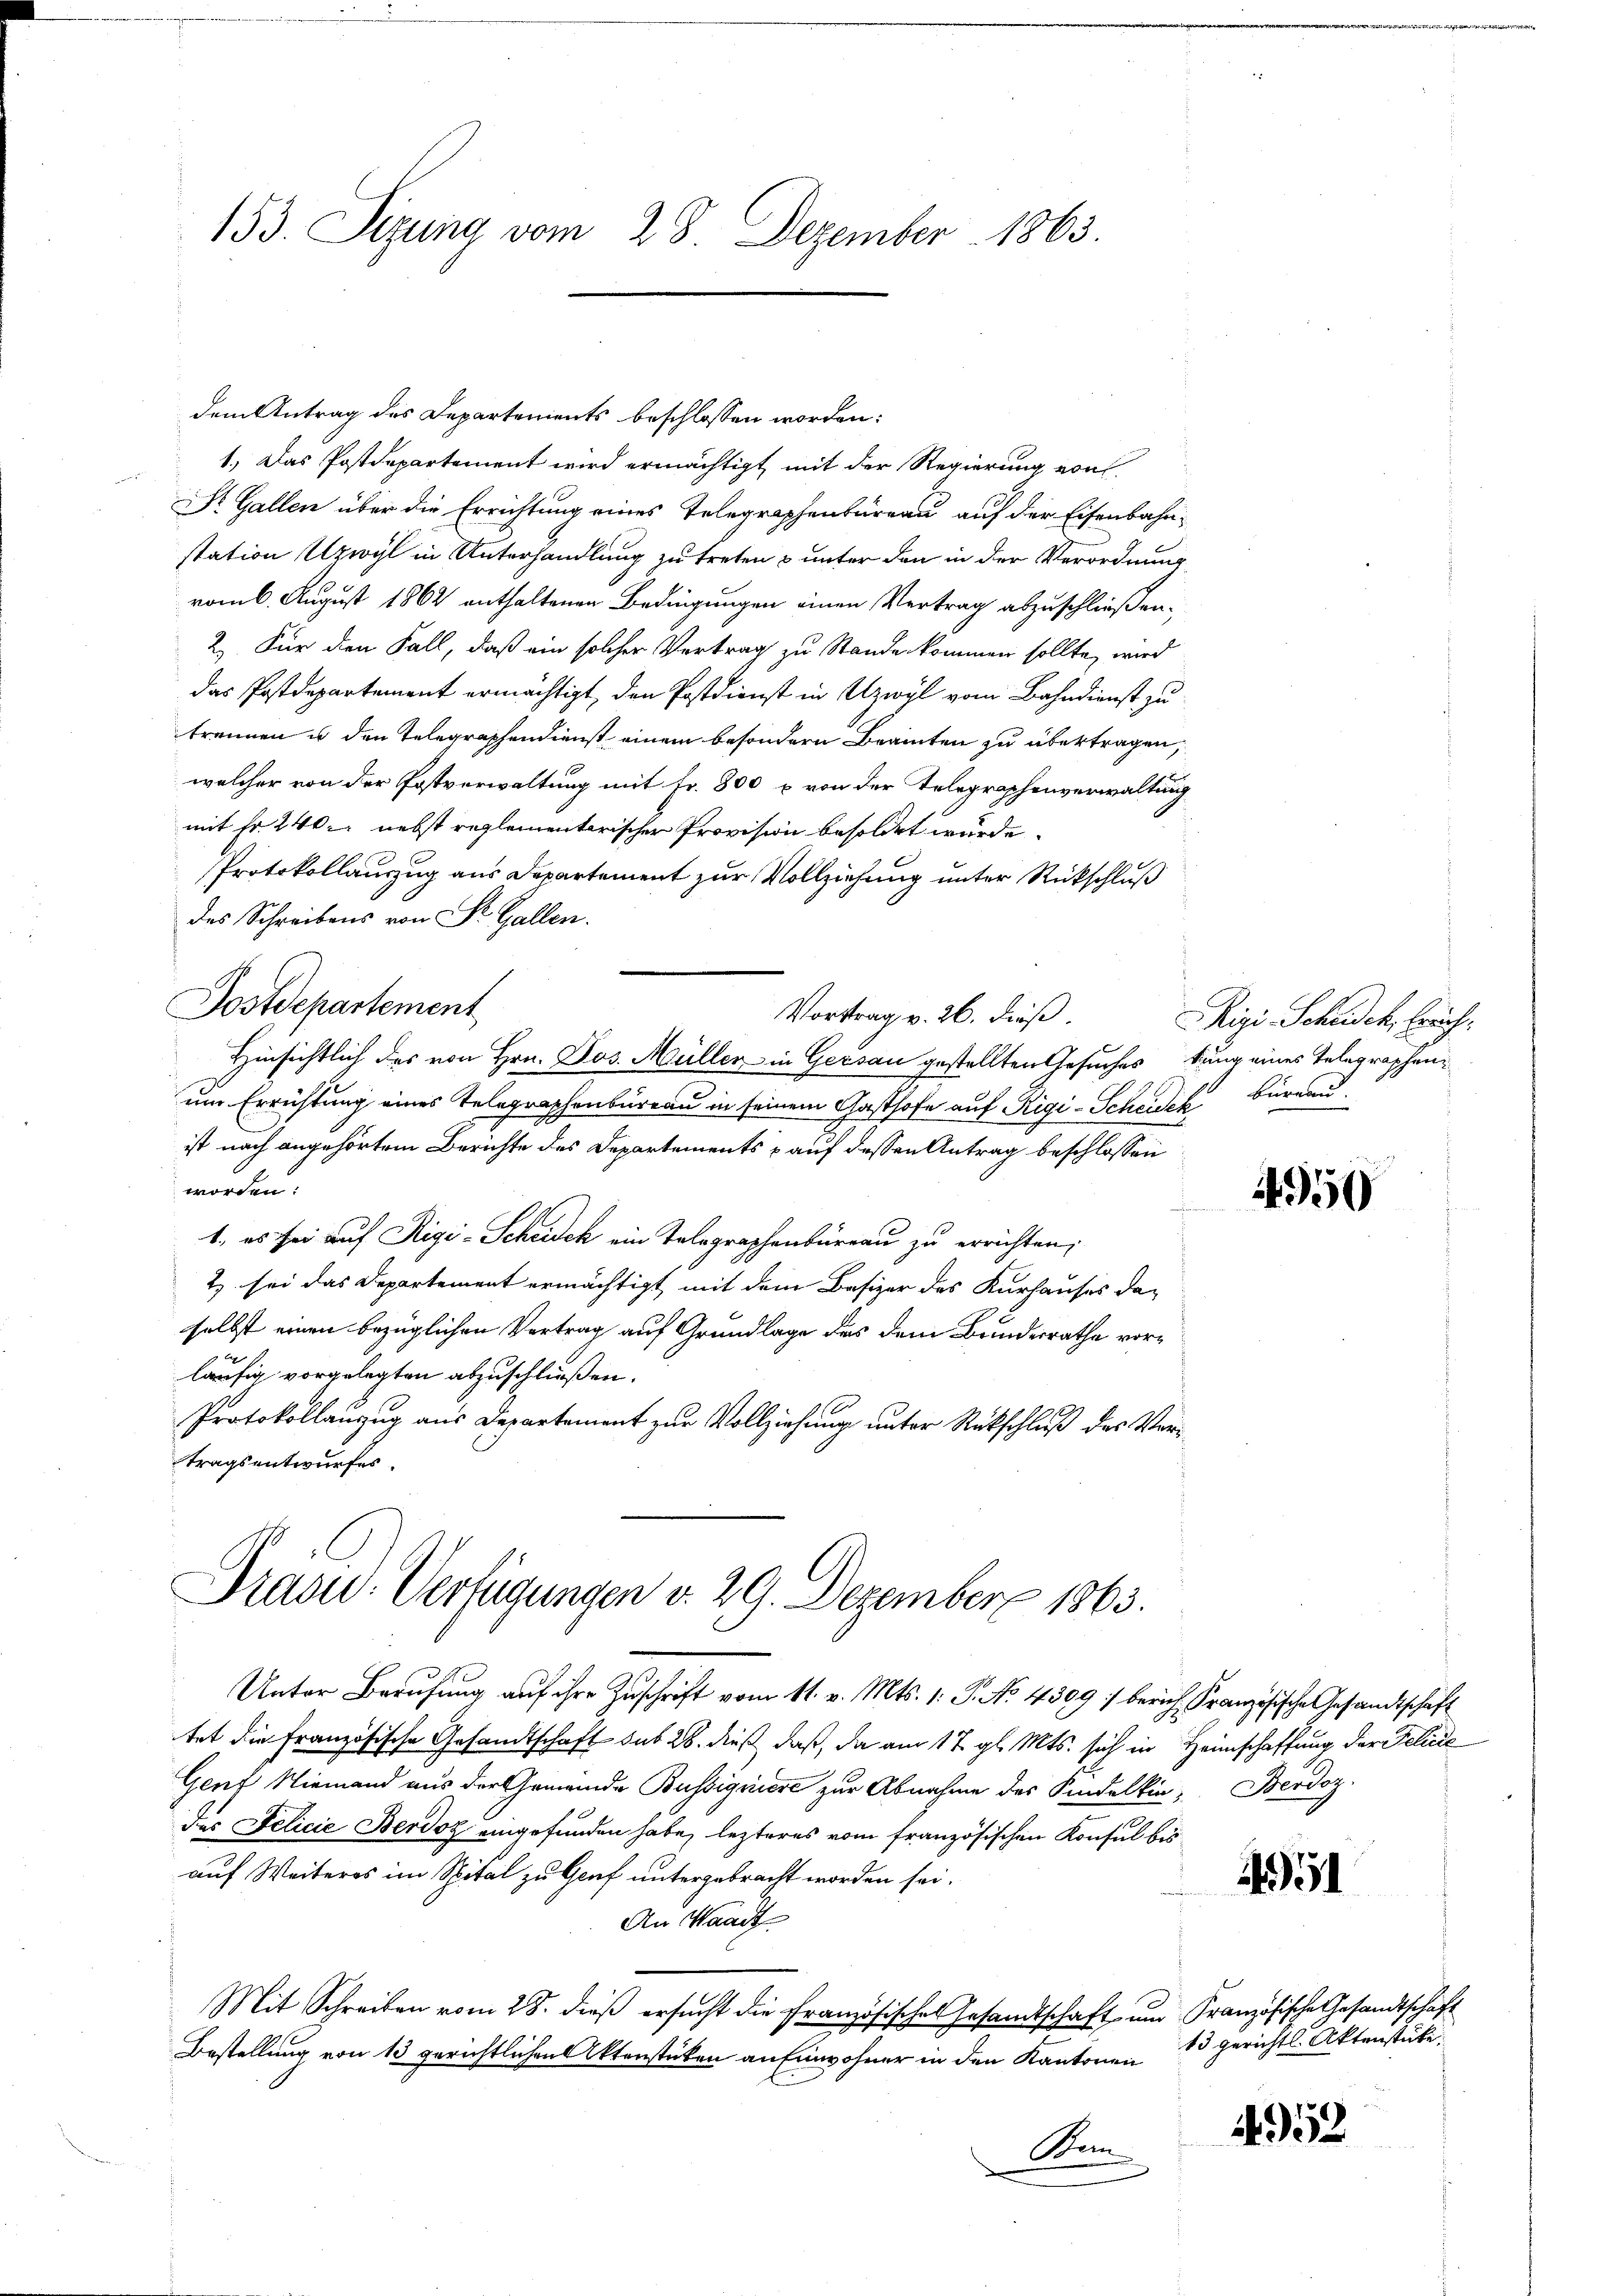
153. Sizung vom 28. Dezember 1863.

dem Antrag des Departements beschlossen worden:
1.) Das Postdepartement wird ermächtigt, mit der Regierung von
St. Gallen über die Errichtung eines Telegraphenbureau auf der Eisenbahnstation Urwyl in Unterhandlung zu treten & unter den in der Verordnung
vomb. August 1862 enthaltenen Bedingungen einen Vertrag abzuschließen.
2.) Für den Fall, daß ein solcher Vertrag zu Stande kommen sollte, wird
das Postdepartement ermächtigt, den Postdienst in Uzwyl vom Bahndienst zu
trennen u den Telegraphendienst einem besondern Beamten zu übertragen,
welcher von der Postverwaltung mit Fr. 800 x von der Telegraphenverwaltung
mit Fr. 240. nebst reglementarischer Provision besoldet wurde.
Protokollauszug aus Departement zur Vollziehung unter Rückschluß
des Schreibens von St. Gallen.
Postdepartement
Vortrag v. 26. dieß.
Hinsichtlich des von Hrn. Jos. Müller in Gersau gestellten Gesuches kung eines Telegraphenum Errichtung eines Telegraphenbureau in seinem Gasthofe auf Rigi-Scheiden Büreau.
ist nach angehörtem Berichte des Departements & auf dessen Antrag beschlossen
worden:
1, es sei auf Rigi-Scheidek ein Telegraphenbüreau zu errichten;
t sei das Departement ermächtigt, mit dem Besizer des Kurhauses da-
selbst einen bezüglichen Vertrag auf Grundlage das dem Bundesrathe vorläufig vorgelegten abzuschließen.
Protokollanzug aus Departement zur Vollziehung unter Rückschluß des Vertragsentwurfes.

Präsid.. Verfügungen v. 29. Dezember 1863.

Unter Berufung auf ihre Zuschrift vom 11. v. Mts. 1. P. No. 4309 :/ berich, Französische Gesandtschaft
tet die Französische Gesandtschaft sub 28. dieß, daß, da am 17. gl. Mts. sich in Heimschaffung der Felicie
Genf Niemand aus der Gemeinde Büssigniere zur Abnahme des Kindelkin-Berdoz.
des Felicie Berdoz eingefunden habe, lezteres vom französischen Konsul bisauf Weiteres im Spital zu Genf untergebracht worden sei.
An Waadt
Mit Schreiben vom 28. dieß ersucht die Französisches Gesamtschaft und Französische Gesandtschaft
Bestellung von 13 gerichtlichen Aktenstücken an Einwohner in den Kantonen 13 gerichts-Aktenstücke
Ren

Rigi Scheidek, freich.

4950

44951

952